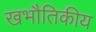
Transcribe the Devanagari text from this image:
खभौतिकीय